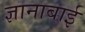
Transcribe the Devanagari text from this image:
ज्ञानाबाई